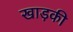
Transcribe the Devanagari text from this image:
खाड़की